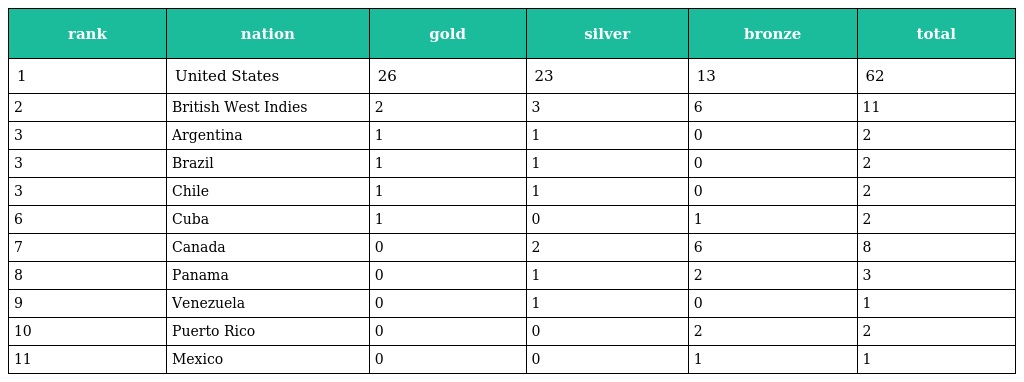
| rank | nation | gold | silver | bronze | total |
 | --- | --- | --- | --- | --- | --- |
 | 1 | United States | 26 | 23 | 13 | 62 |
 | 2 | British West Indies | 2 | 3 | 6 | 11 |
 | 3 | Argentina | 1 | 1 | 0 | 2 |
 | 3 | Brazil | 1 | 1 | 0 | 2 |
 | 3 | Chile | 1 | 1 | 0 | 2 |
 | 6 | Cuba | 1 | 0 | 1 | 2 |
 | 7 | Canada | 0 | 2 | 6 | 8 |
 | 8 | Panama | 0 | 1 | 2 | 3 |
 | 9 | Venezuela | 0 | 1 | 0 | 1 |
 | 10 | Puerto Rico | 0 | 0 | 2 | 2 |
 | 11 | Mexico | 0 | 0 | 1 | 1 |